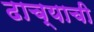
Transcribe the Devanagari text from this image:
ढाच्याची